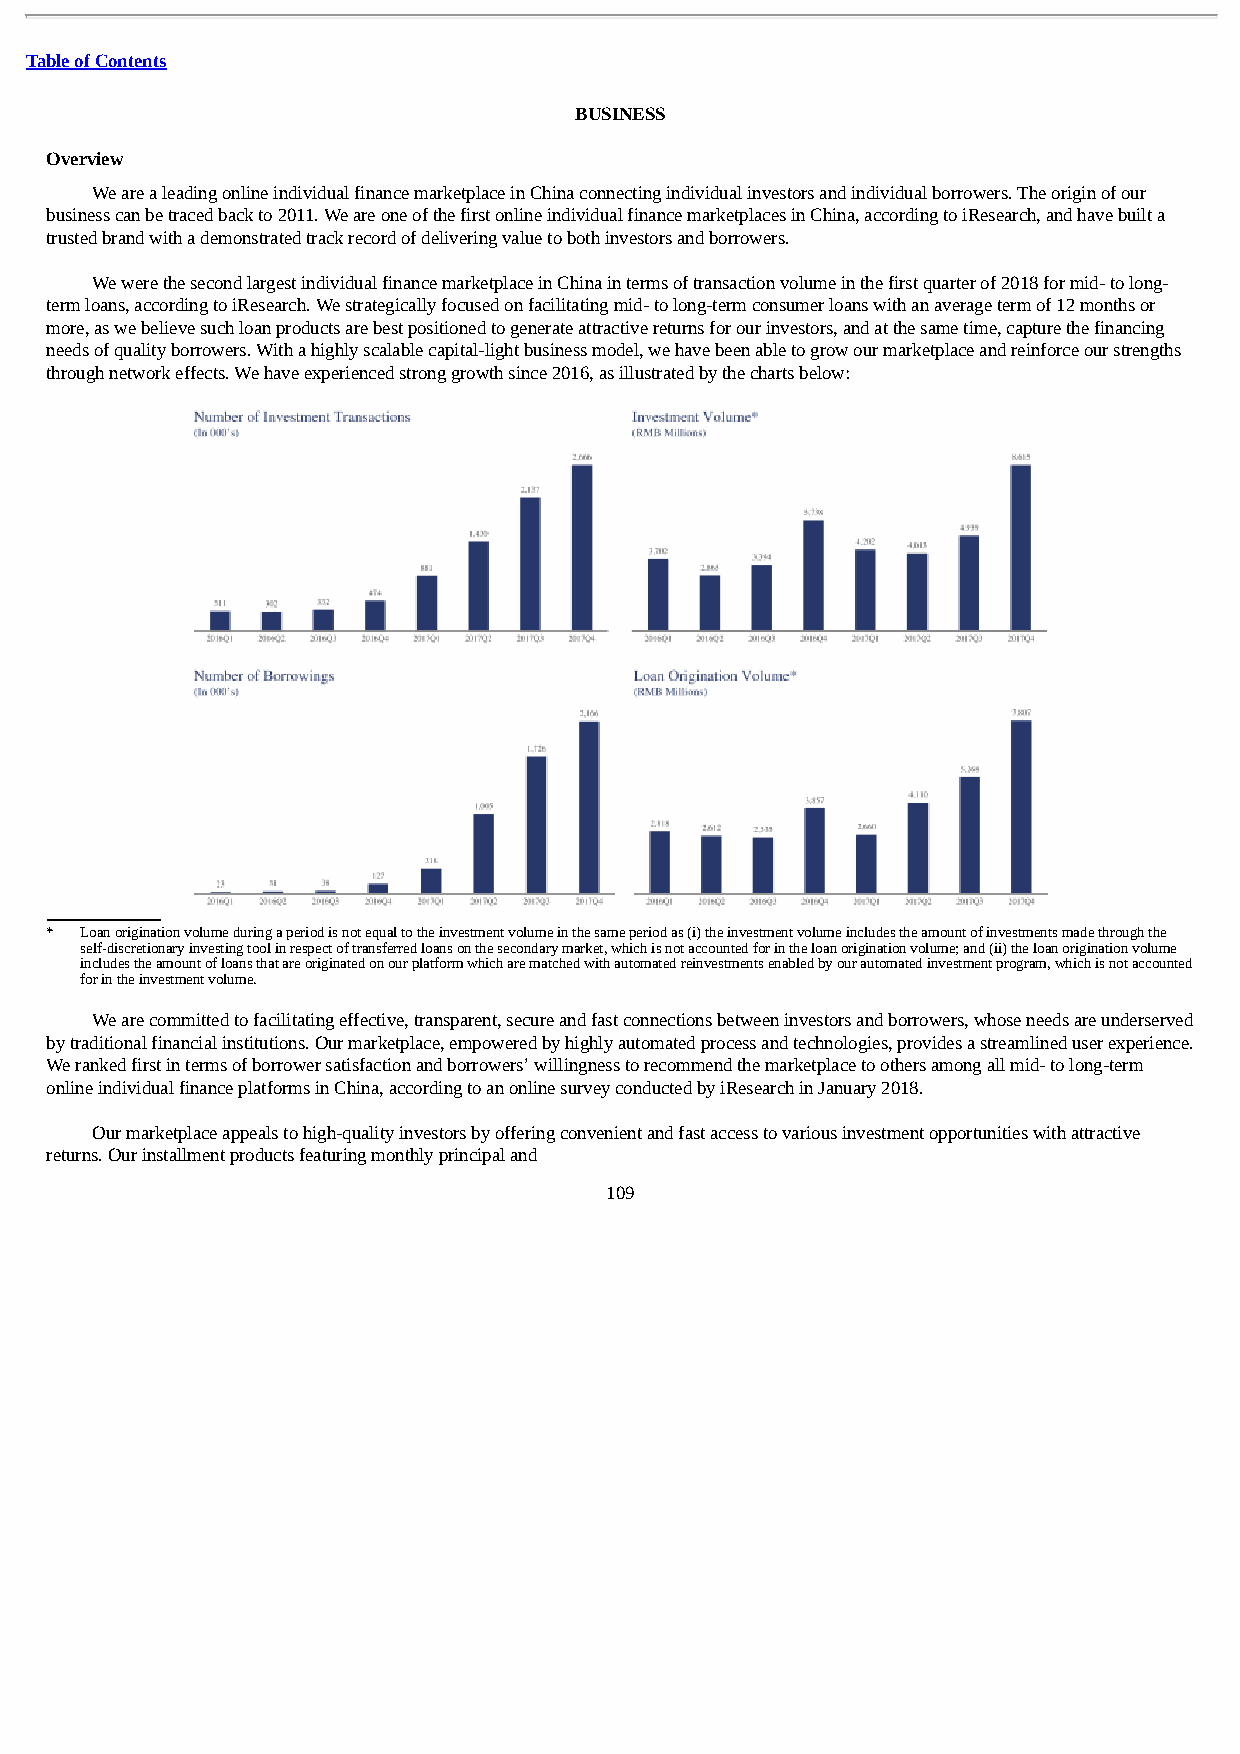
Table of Contents
 BUSINESS
 Overview
 We are a leading online individual finance marketplace in China connecting individual investors and individual borrowers. The origin of our
 business can be traced back to 2011. We are one of the first online individual finance marketplaces in China, according to iResearch, and have built a
 trusted brand with a demonstrated track record of delivering value to both investors and borrowers.
 We were the second largest individual finance marketplace in China in terms of transaction volume in the first quarter of 2018 for mid- to long-
 term loans, according to iResearch. We strategically focused on facilitating mid- to long-term consumer loans with an average term of 12 months or
 more, as we believe such loan products are best positioned to generate attractive returns for our investors, and at the same time, capture the financing
 needs of quality borrowers. With a highly scalable capital-light business model, we have been able to grow our marketplace and reinforce our strengths
 through network effects. We have experienced strong growth since 2016, as illustrated by the charts below:
 * Loan origination volume during a period is not equal to the investment volume in the same period as (i) the investment volume includes the amount of investments made through the
 self-discretionary investing tool in respect of transferred loans on the secondary market, which is not accounted for in the loan origination volume; and (ii) the loan origination volume
 includes the amount of loans that are originated on our platform which are matched with automated reinvestments enabled by our automated investment program, which is not accounted
 for in the investment volume.
 We are committed to facilitating effective, transparent, secure and fast connections between investors and borrowers, whose needs are underserved
 by traditional financial institutions. Our marketplace, empowered by highly automated process and technologies, provides a streamlined user experience.
 We ranked first in terms of borrower satisfaction and borrowers’ willingness to recommend the marketplace to others among all mid- to long-term
 online individual finance platforms in China, according to an online survey conducted by iResearch in January 2018.
 Our marketplace appeals to high-quality investors by offering convenient and fast access to various investment opportunities with attractive
 returns. Our installment products featuring monthly principal and
 109